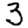
Digit: 3